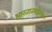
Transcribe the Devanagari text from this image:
भारतातबाहेरच्या